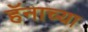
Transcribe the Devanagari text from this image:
हॅनाच्या